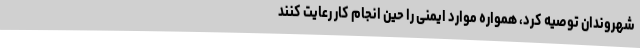
شهروندان توصیه کرد، همواره موارد ایمنی را حین انجام کار رعایت کنند